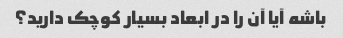
باشه آیا آن را در ابعاد بسیار کوچک دارید؟